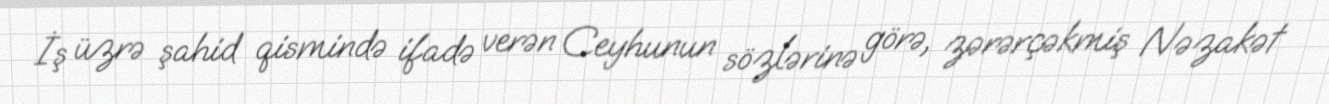
İş üzrə şahid qismində ifadə verən Ceyhunun sözlərinə görə, zərərçəkmiş Nəzakət